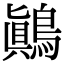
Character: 鷏